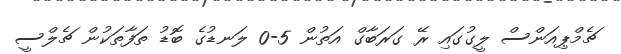
ޗެމްޕިއަންސް ލީގުގައި ރޭ ގަރަބާގް އަތުން 5-0 ލަނޑުގެ ބޮޑު ތަފާތަކުން ޗެލްސީ